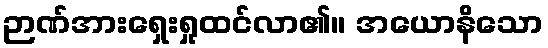
ဉာဏ်အားရှေးရှုထင်လာ၏။ အယောနိသော